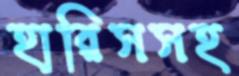
হারিসসহ